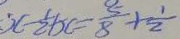
x - \frac { 1 } { 2 } b c = \frac { 5 } { 8 } + \frac { 1 } { 2 }